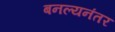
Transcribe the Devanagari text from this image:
बनल्यनंतर